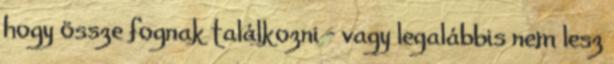
hogy össze fognak találkozni - vagy legalábbis nem lesz